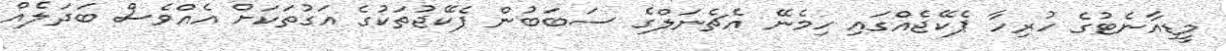
މީޑިއާނެޓުގެ ހުރިހާ ޕެކޭޖެއްގައި ހިމެނޭ އެޗެނަލްގެ ސަބަބުން ޕެކޭޖުތަކުގެ އަގުތަކަށް އެއްވެސް ބަދަލެއް